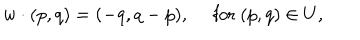
LaTeX: w \cdot ( p , q ) = ( - q , q - p ) , \quad \mathrm { ~ f o r ~ } ( p , q ) \in U ,